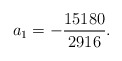
\begin{align*}a_1=-\frac{15180}{2916}.\end{align*}